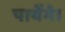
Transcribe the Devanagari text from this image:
पायेँगे।